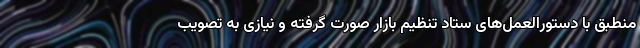
منطبق با دستورالعمل‌های ستاد تنظیم بازار صورت گرفته و نیازی به تصویب